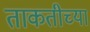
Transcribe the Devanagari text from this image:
ताकतीच्या